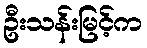
ဦးသန်းမြင့်က